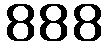
888